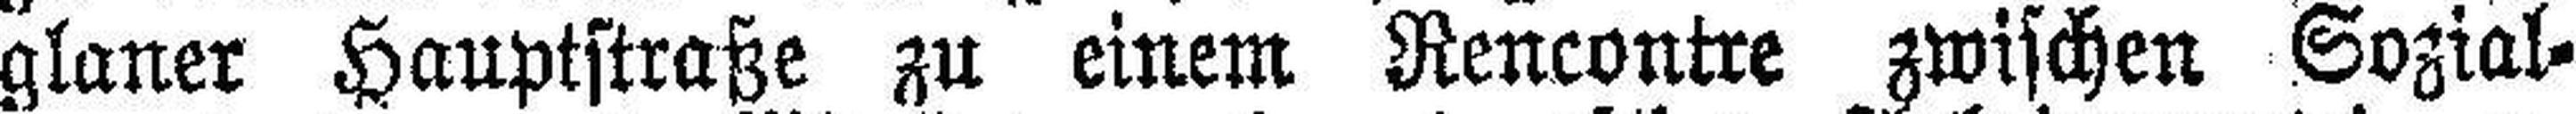
glaner Hauptstraße zu einem Rencontre zwischen Sozial¬